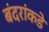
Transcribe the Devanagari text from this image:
बंदरांकडे